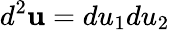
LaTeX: d^{2}{\mathbf u}=du_{1}du_{2}